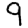
Digit: 9